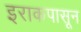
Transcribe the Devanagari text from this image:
इराकपासून